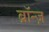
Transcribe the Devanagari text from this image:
ब्रॉन्ज़